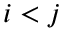
i < j